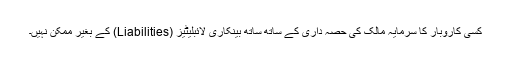
کسی کاروبار کا سرمایہ مالک کی حصہ داری کے ساتھ ساتھ بینکاری لائبلیٹیز (Liabilities) کے بغیر ممکن نہیں۔